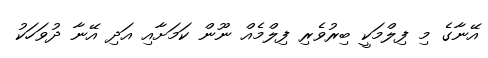
އޭނާގެ މި ފިލްމަކީ ބިރުވެރި ފިލްމެއް ނޫން ކަމަށާއި އަދި އޭނާ ދުވަހަކު